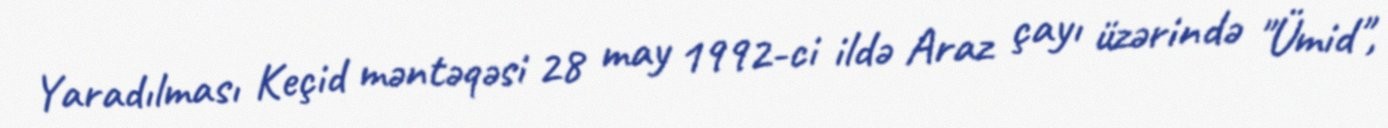
Yaradılması Keçid məntəqəsi 28 may 1992-ci ildə Araz çayı üzərində "Ümid",